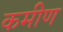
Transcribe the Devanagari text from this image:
कमीण